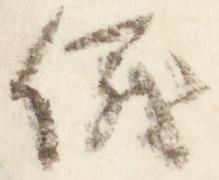
儀